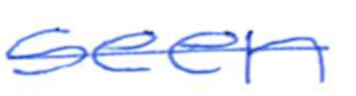
Text: seen
Cross-out: single-line
Writing tool: ballpoint